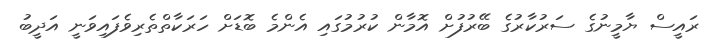
ރައީސް ޔާމީނުގެ ސަރުކާރުގެ ބޭރުފުށް އޮމާން ކުރުމުގައި އެންމެ ބޮޑަށް ހަރަކާތްތެރިވެފައިވަނީ އަދީބު